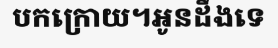
បកក្រោយ។អូនដឹងទេ